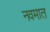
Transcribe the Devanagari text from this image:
नवमात